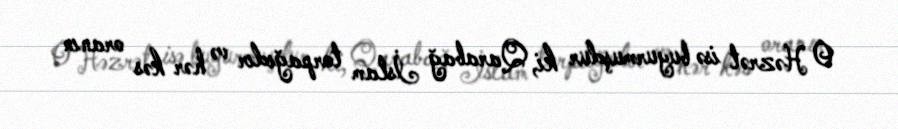
O Həzrət isə buyurmuşdur ki, Qarabağ İslam torpağıdır və hər kəs oranın